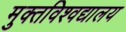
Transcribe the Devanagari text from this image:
मुक्तविश्वद्यालय